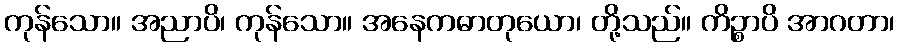
ကုန်သော။ အညာပိ၊ ကုန်သော။ အနေကဓာတုယော၊ တို့သည်။ ကိဉ္စာပိ အာဂတာ၊